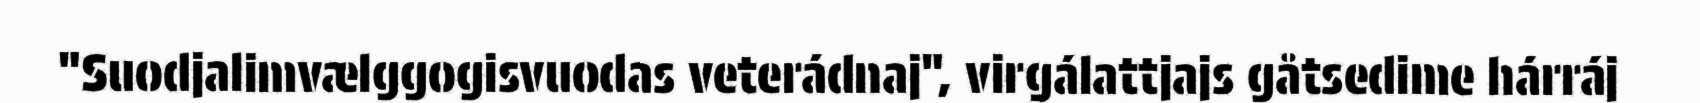
"Suodjalimvælggogisvuodas veterádnaj", virgálattjajs gåtsedime hárráj